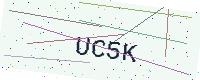
Text: UC5K